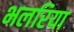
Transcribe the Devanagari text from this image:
भलरिया